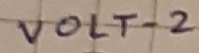
Text: VOLT-2